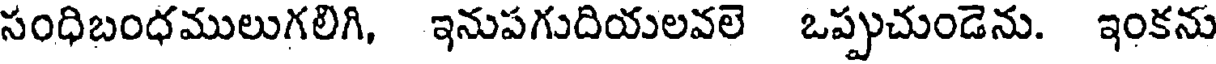
సంధిబంధములుగలిగి, ఇనుపగుదియలవలె ఒప్పుచుండెను. ఇంకను